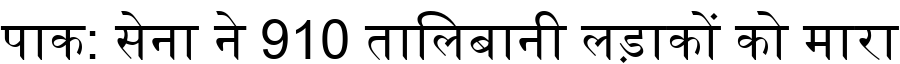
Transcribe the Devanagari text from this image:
पाक: सेना ने 910 तालिबानी लड़ाकों को मारा